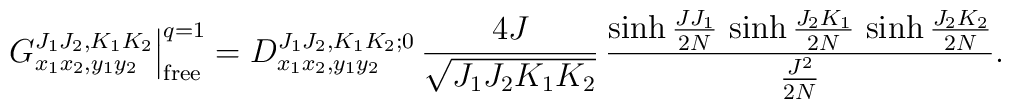
G^{J_1 J_2,K_1 K_2}_{x_1 x_2,y_1 y_2} \Big|^{q=1}_{{\rm free}} =D^{J_1 J_2,K_1 K_2;0}_{x_1 x_2,y_1 y_2}\,\frac{4 J}{\sqrt{J_1 J_2 K_1 K_2}}\,\frac{\sinh  \frac{J J_1}{2 N} \,\sinh  \frac{J_2 K_1}{2 N}  \,\sinh  \frac{J_2 K_2}{2 N} }{\frac{J^2}{2 N}} .